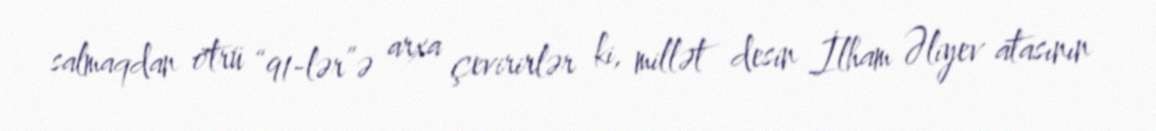
salmaqdan ötrü “91-lər”ə arxa çevirirlər ki, millət desin İlham Əliyev atasının